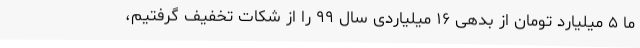
ما ۵ میلیارد تومان از بدهی ۱۶ میلیاردی سال ۹۹ را از شکات تخفیف گرفتیم،